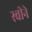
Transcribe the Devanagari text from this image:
स्वीने